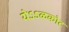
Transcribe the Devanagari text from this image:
येऽऽळकोट